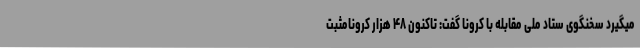
میگیرد سخنگوی ستاد ملی مقابله با کرونا گفت:‌ تاکنون ۴۸ هزار کرونامثبت